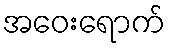
အဝေးရောက်